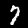
Label: 7